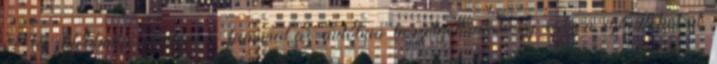
Ma játékbolta mentem a fiammal,az autóban beszélgettünk,hogy milyen ajándékokat